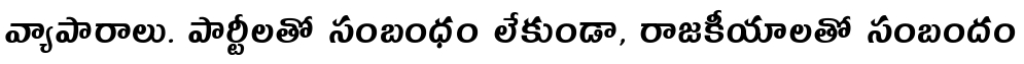
వ్యాపారాలు. పార్టీలతో సంబంధం లేకుండా, రాజకీయాలతో సంబందం